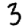
Digit: 3